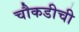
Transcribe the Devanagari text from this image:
चौकडीची